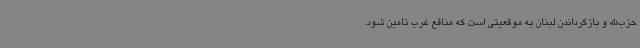
حزب‌الله و بازگرداندن لبنان به موقعیتی است که منافع غرب تامین شود.